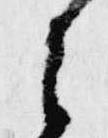
之